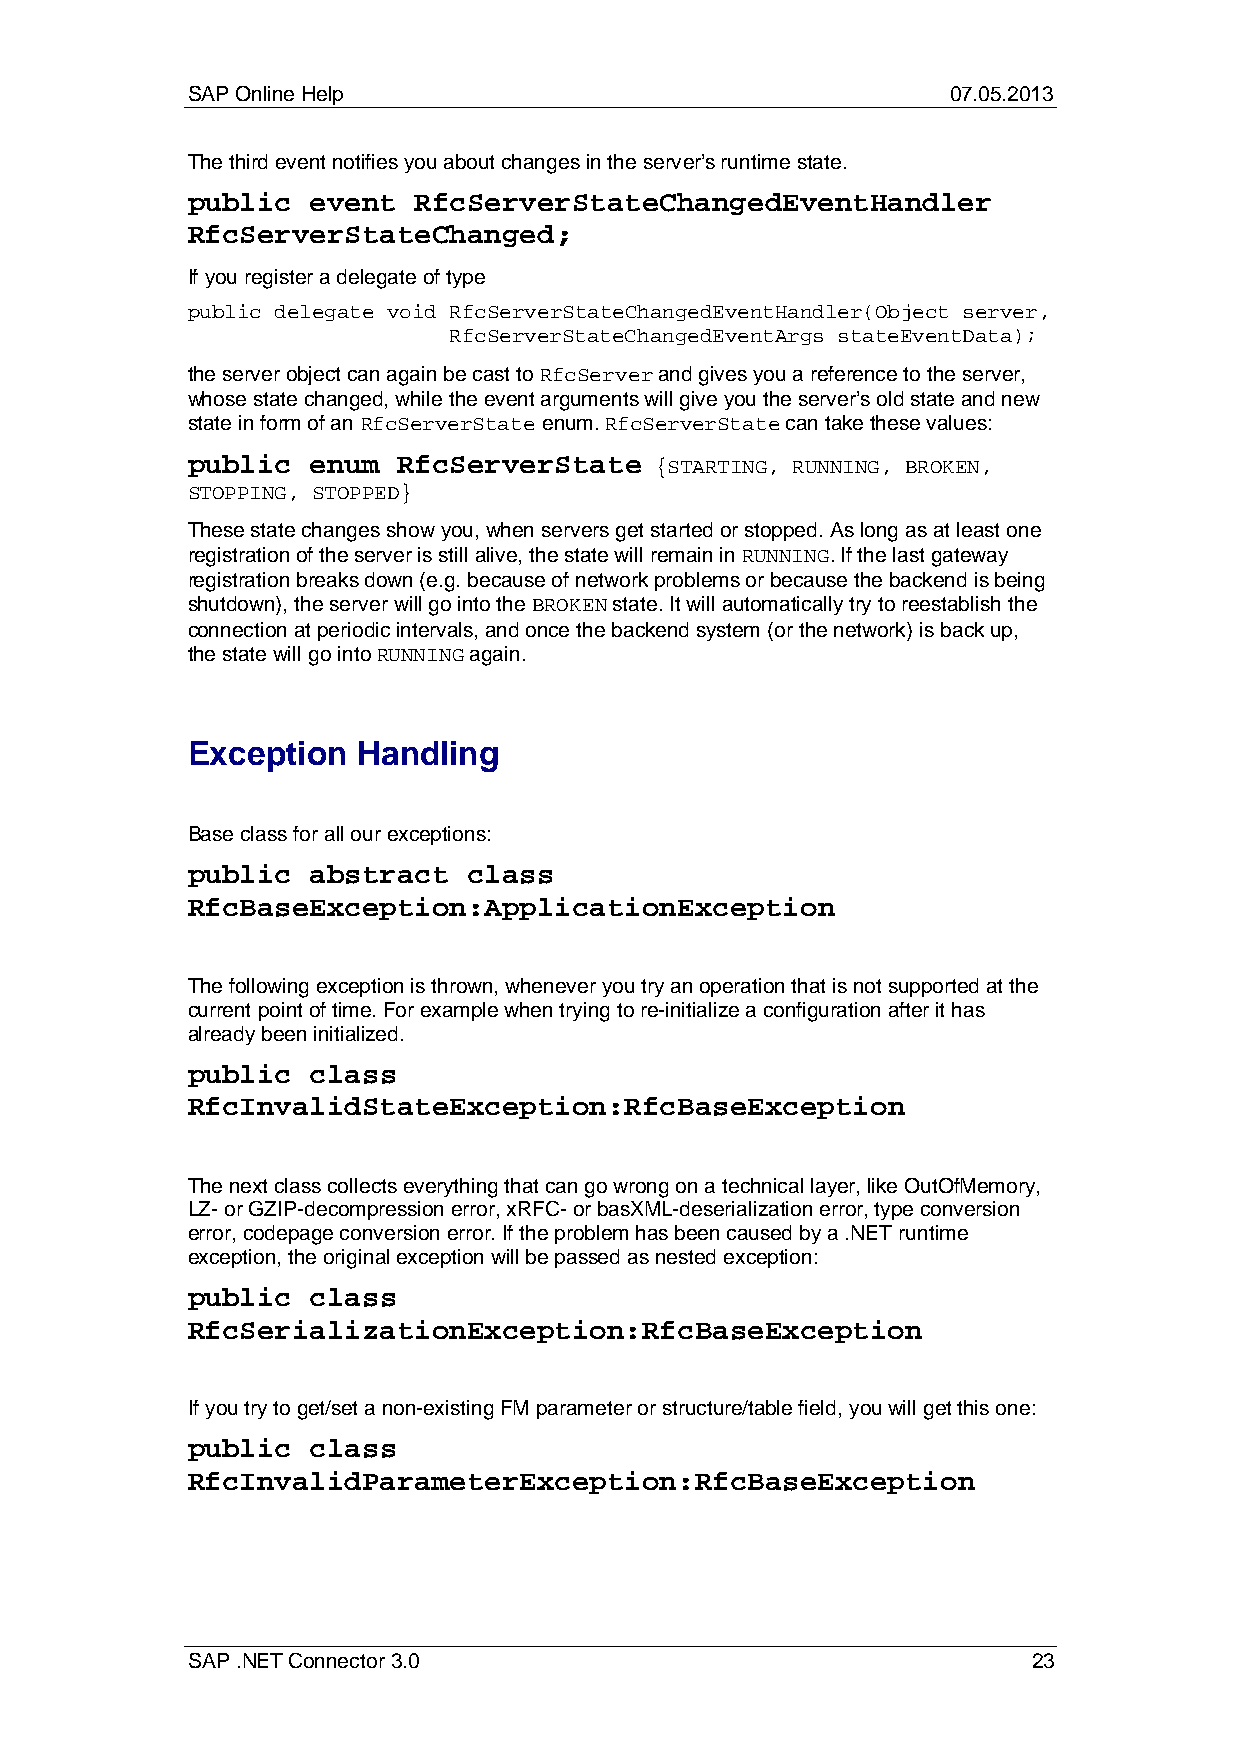
SAP Online Help                                    07.05.2013
 The third event notifies you about changes in the server’s runtime state.
 public   event RfcServerStateChangedEventHandler
 RfcServerStateChanged;
 If you register a delegate of type
 public delegate void RfcServerStateChangedEventHandler(Object server,
 RfcServerStateChangedEventArgs stateEventData);
 the server object can again be cast to RfcServer and gives you a reference to the server,
 whose state changed, while the event arguments will give you the server’s old state and new
 state in form of an RfcServerState enum. RfcServerState can take these values:
 public   enum RfcServerState   {STARTING, RUNNING, BROKEN,
 STOPPING, STOPPED}
 These state changes show you, when servers get started or stopped. As long as at least one
 registration of the server is still alive, the state will remain in RUNNING. If the last gateway
 registration breaks down (e.g. because of network problems or because the backend is being
 shutdown), the server will go into the BROKEN state. It will automatically try to reestablish the
 connection at periodic intervals, and once the backend system (or the network) is back up,
 the state will go into RUNNING again.
 Exception   Handling
 Base class for all our exceptions:
 public   abstract  class
 RfcBaseException:ApplicationException
 The following exception is thrown, whenever you try an operation that is not supported at the
 current point of time. For example when trying to re-initialize a configuration after it has
 already been initialized.
 public   class
 RfcInvalidStateException:RfcBaseException
 The next class collects everything that can go wrong on a technical layer, like OutOfMemory,
 LZ- or GZIP-decompression error, xRFC- or basXML-deserialization error, type conversion
 error, codepage conversion error. If the problem has been caused by a .NET runtime
 exception, the original exception will be passed as nested exception:
 public   class
 RfcSerializationException:RfcBaseException
 If you try to get/set a non-existing FM parameter or structure/table field, you will get this one:
 public   class
 RfcInvalidParameterException:RfcBaseException
 SAP .NET Connector 3.0                                  23